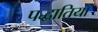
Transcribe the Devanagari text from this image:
पद्धातियाँ